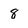
Character: 8